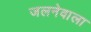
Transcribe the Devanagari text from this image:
जलनेवाला